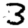
Digit: 3